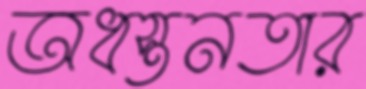
অধস্তনতার